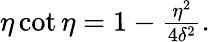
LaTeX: \begin{array}{r}{\eta\cot{\eta}=1-\frac{\eta^{2}}{4\delta^{2}}.}\end{array}